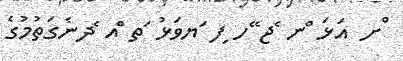
ްށ އަޅަ ްނ ެޖ ޭހ ިފ ަޔވަޅު ަތ ްއ ެދނެގަތުމުގެ